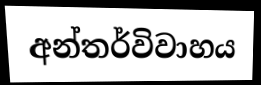
අන්තර්විවාහය